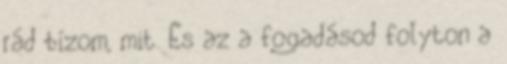
rád bízom, mit. És az a fogadásod folyton a